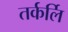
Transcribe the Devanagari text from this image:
तर्कर्लि